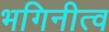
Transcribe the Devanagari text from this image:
भगिनीत्व